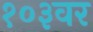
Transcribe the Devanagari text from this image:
१०३वर